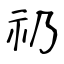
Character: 礽